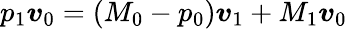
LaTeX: p_{1}\boldsymbol{\mathit{v}}_{0}=(M_{0}-p_{0})\boldsymbol{\mathit{v}}_{1}+M_{1}\boldsymbol{\mathit{v}}_{0}